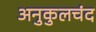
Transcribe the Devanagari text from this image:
अनुकुलचंद